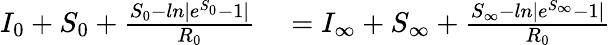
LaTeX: \begin{array}{rl}{I_{0}+S_{0}+\frac{S_{0}-ln|e^{S_{0}}-1|}{R_{0}}}&{{}=I_{\infty}+S_{\infty}+\frac{S_{\infty}-ln|e^{S_{\infty}}-1|}{R_{0}}}\end{array}